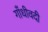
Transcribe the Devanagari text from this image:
गाँधीवदी